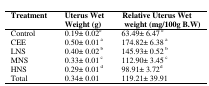
| Treatment | Uterus Wet Weight (g) | Relative Uterus Wet weight (mg/100g B.W) |
 | --- | --- | --- |
 | Control | 0.19± 0.02e | 63.49± 6.47 e |
 | CEE | 0.50± 0.01 a | 174.82± 6.38 a |
 | LNS | 0.40± 0.02 b | 145.93± 0.52 b |
 | MNS | 0.33± 0.01 c | 112.90± 3.45 c |
 | HNS | 0.29± 0.01 d | 98.91± 3.72d |
 | Total | 0.34± 0.01 | 119.21± 39.91 |